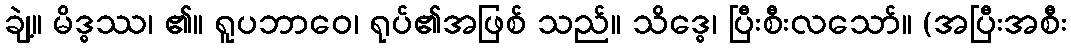
ချဲ့။ မိဒ္ဓဿ၊ ၏။ ရူပဘာဝေ၊ ရုပ်၏အဖြစ် သည်။ သိဒ္ဓေ၊ ပြီးစီးလသော်။ (အပြီးအစီး